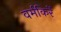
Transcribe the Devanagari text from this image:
वर्मकिर्रे